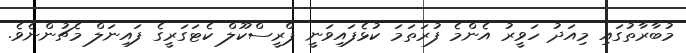
މުބާރާތުގައި މިއަދު ހަވީރު އެންމެ ފުރަތަމަ ކުޅެފައިވަނީ ޕްރީސްކޫލް ކެޓަގަރީގެ ފައިނަލް މެޗުންނެވެ.